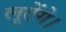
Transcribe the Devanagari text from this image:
लूटेंगे।